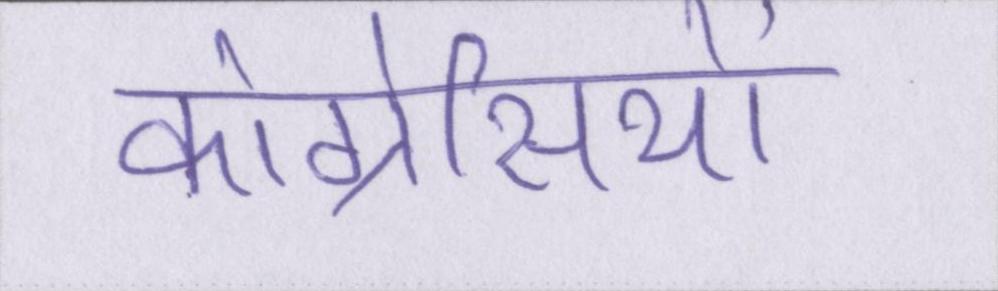
कांग्रेसियों